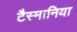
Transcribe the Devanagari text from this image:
टैस्मानिया